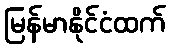
မြန်မာနိုင်ငံထက်